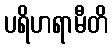
ပရိဟရာမီတိ